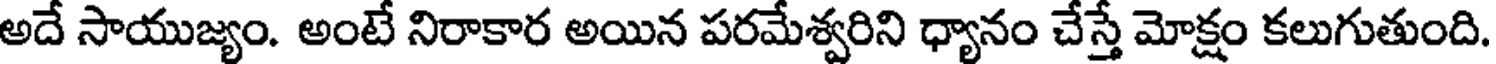
అదే సాయుజ్యం. అంటే నిరాకార అయిన పరమేశ్వరిని ధ్యానం చేస్తే మోక్షం కలుగుతుంది